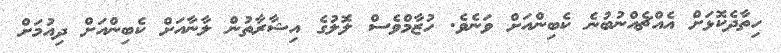
ހިތާދެކޮޅަށް އެއްޗެއްނުބުނެ ކެބިންއަށް ވަނެވެ. ހުޒާމްވެސް ލޮލުގެ އިޝާރާތުން ލާނާއަށް ކެބިންއަށް ދިއުމަށް